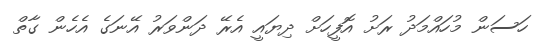
ހަސަން މުހައްމަދު ރަށު އޮފީހަށް ދިޔައީ އެރޭ ދަންވަރު އޭނަގެ އެހެން ގާތް